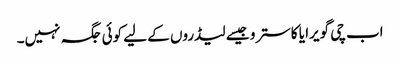
اب چی گویرا یا کاسترو جیسے لیڈروں کے لیے کوئی جگہ نہیں۔